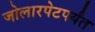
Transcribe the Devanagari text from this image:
जोलारपेटपर्यंत